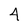
Character: 4